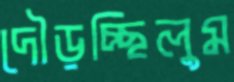
দৌড়চ্ছিলুম